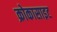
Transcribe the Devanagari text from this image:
क्रोकासाइट